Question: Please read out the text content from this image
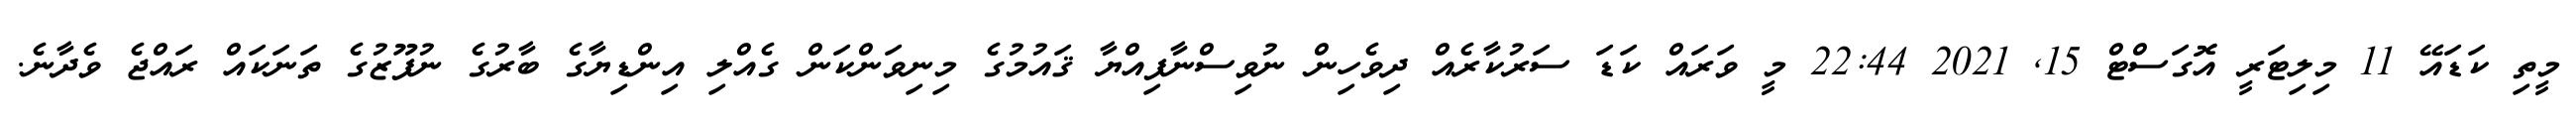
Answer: މީތި ކަޑައޭ 11 މިލިޓަރީ އޮގަސްޓް 15, 2021 22:44 މީ ވަރައް ކަޑަ ސަރުކާރެއް ދިވެހިން ނުވިސްނާފިއްޔާ ޤައުމުގެ މިނިވަންކަން ގެއްލި އިންޑިޔާގެ ބާރުގެ ނުފޫޒުގެ ތަނަކައް ރައްޖެ ވެދާނެ.